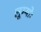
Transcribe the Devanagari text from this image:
लूम्योः